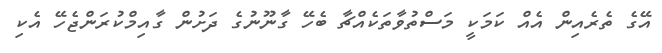
އޭގެ ތެރެއިން އެއް ކަމަކީ މަސްތުވާތަކެއްޗާ ބެހޭ ގާނޫނުގެ ދަށުން ގާއިމްކުރަންޖެހޭ އެކި